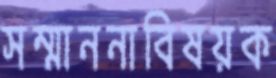
সম্মাননাবিষয়ক